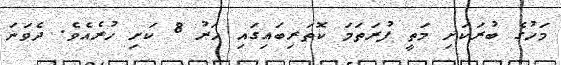
މަހުގެ ބުރަކަށި މަތީ ފުރަތަމަ ކޮތަރިބައިގައި ހަރު 8 ކަށި ހުރެއެވެ. ދެވަނަ